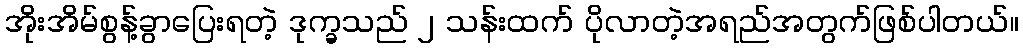
အိုးအိမ်စွန့်ခွာပြေးရတဲ့ ဒုက္ခသည် ၂ သန်းထက် ပိုလာတဲ့အရည်အတွက်ဖြစ်ပါတယ်။